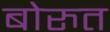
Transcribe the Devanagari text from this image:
बोरुत